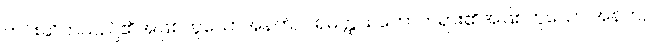
ကင်းဆိတ်သည်၏အဖြစ်ဟူသောအနက်, ပရမတ္ထသဘောတရား၏အဖြစ်ဟူသော အနက်,